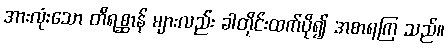
အားလုံးသော တိရစ္ဆာန် များလည်း ခါတိုင်းထက်ပို၍ အစာရကြ သည်။